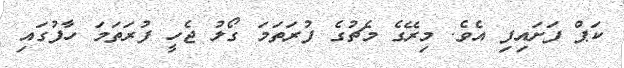
ކަޕް ފަށައިފި އެވެ. މިރޭގެ މެޗުގެ ފުރަތަމަ ގޯލު ޖެހީ ފުރަތަމަ ހާފުގައި